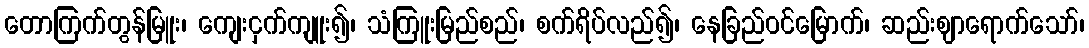
တောကြက်တွန်မြူး၊ ကျေးငှက်ကျူး၍၊ သံကြူးမြည်စည်၊ စက်ရိပ်လည်၍၊ နေခြည်ဝင်မြောက်၊ ဆည်းဈာရောက်သော်၊